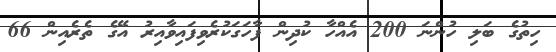
ހިތުގެ ބަލި ހުންނަ 200 އެއްހާ ކުދިން ފާހަގަކުރެވިފައިވާއިރު އޭގެ ތެރެއިން 66